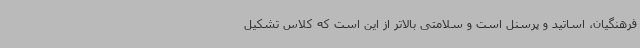
فرهنگیان، اساتید و پرسنل است و سلامتی بالاتر از این است که کلاس تشکیل